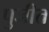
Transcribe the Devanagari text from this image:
पुजीत